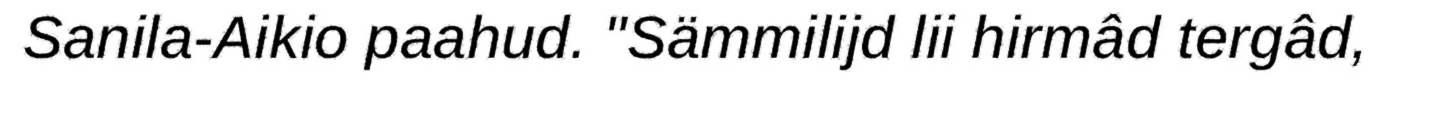
Sanila-Aikio paahud. "Sämmilijd lii hirmâd tergâd,